Senior Leaving Certificate Examination (including Day School Certificate (Higher) General paper), 1947
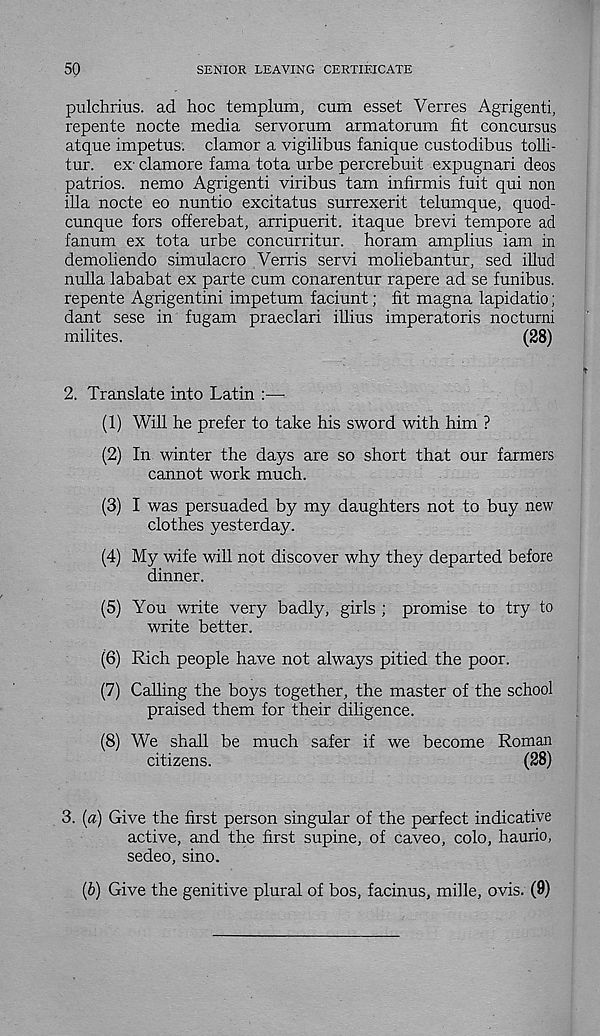
50
SENIOR LEAVING CERTIEICATE
pulchrius. ad hoc templum, cum esset Verres Agrigenti,
repente nocte media servorum armatorum fit concursus
atque impetus, clamor a vigilibus fanique custodibus tolli-
tur. ex' clamore fama tota urbe percrebuit expugnari deos
patrios. nemo Agrigenti viribus tarn infirmis fuit qui non
ilia nocte eo nuntio excitatus surrexerit telumque, quod-
cunque tors offerebat, arripuerit. itaque brevi tempore ad
fanum ex tota urbe concurritur. horam amplius iam in
demoliendo simulacro Verris servi moliebantur, sed illud
nulla lababat ex parte cum conarentur rapere ad se funibus.
repente Agrigentini impetum faciunt; fit magna lapidatio;
dant sese in fugam praeclari illius imperatoris nocturni
milites.
(28)
2. Translate into Latin :—-
(1) Will he prefer to take his sword with him ?
(2) In winter the days are so short that our farmers
cannot work much.
(3) I was persuaded by my daughters not to buy new
clothes yesterday.
(4) My wife will not discover why they departed before
dinner.
(5) You write very badly, girls ; promise to try to
write better.
(6) Rich people have not always pitied the poor.
(7) Calling the boys together, the master of the school
praised them for their diligence.
(8) We shall be much safer if we become Roman
citizens.
(28)
3. [a) Give the first person singular of the perfect indicative
active, and the first supine, of caveo, colo, haurio,
sedeo, sino.
(b) Give the genitive plural of bos, facinus, mille, ovis. (9)